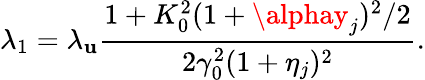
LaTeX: \lambda_{1}=\lambda_{\mathbf{u}}\frac{{1+K_{0}^{2}(1+\alphay_{j})^{2}/2}}{{2\gamma_{0}^{2}(1+\eta_{j})^{2}}}.